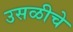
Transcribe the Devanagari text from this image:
उसळीचे